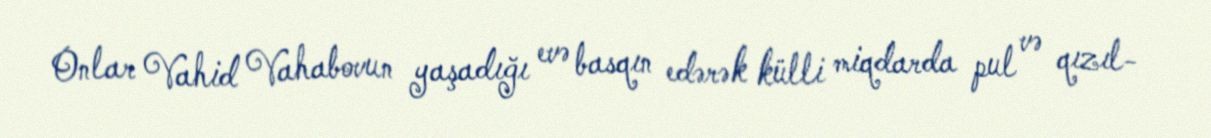
Onlar Vahid Vahabovun yaşadığı evə basqın edərək külli miqdarda pul və qızıl-